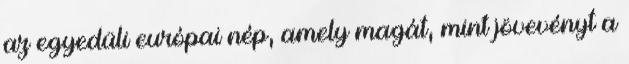
az egyedüli európai nép, amely magát, mint jövevényt a